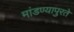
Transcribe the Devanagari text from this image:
मांडण्यापुरते